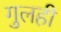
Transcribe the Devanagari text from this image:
गुलही